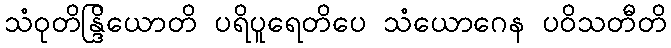
သံဝုတိန္ဒြိယောတိ ပရိပူရေတိပေ သံယောဂေန ပဝိသတီတိ